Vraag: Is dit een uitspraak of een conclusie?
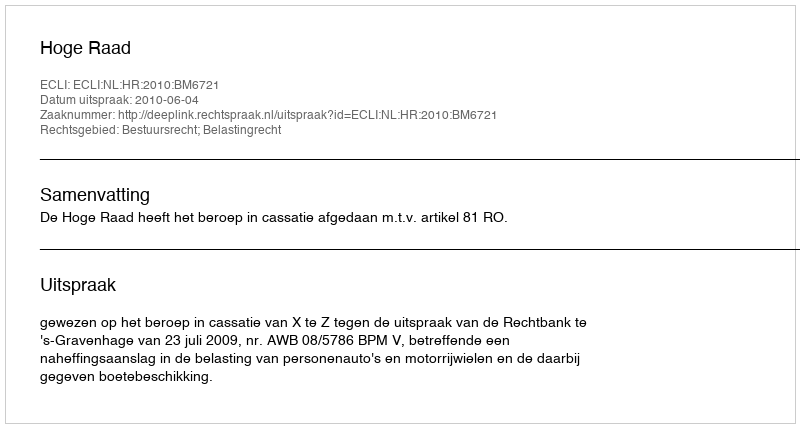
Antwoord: Uitspraak